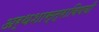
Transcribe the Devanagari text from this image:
अर्थशास्त्राविषयी